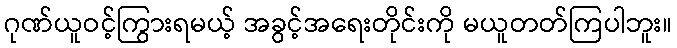
ဂုဏ်ယူဝင့်ကြွားရမယ့် အခွင့်အရေးတိုင်းကို မယူတတ်ကြပါဘူး။